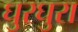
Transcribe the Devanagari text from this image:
घुरघुरा